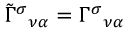
\tilde { \Gamma } ^ { \sigma } { } _ { \nu \alpha } = \Gamma ^ { \sigma } { } _ { \nu \alpha }